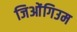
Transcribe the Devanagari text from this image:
जिओंगिउम